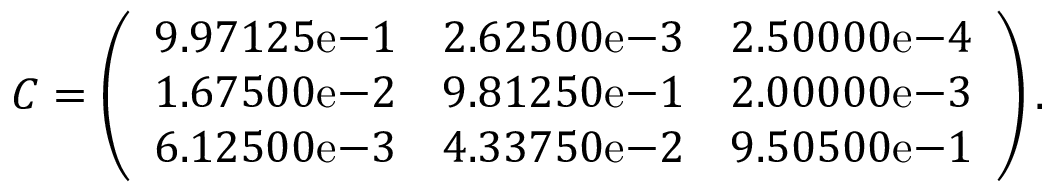
C = \left( \begin{array} { c c c c } { 9 . 9 7 1 2 5 \mathrm { e } { - 1 } } & { 2 . 6 2 5 0 0 \mathrm { e - } { 3 } } & { 2 . 5 0 0 0 0 \mathrm { e } { - 4 } } \\ { 1 . 6 7 5 0 0 \mathrm { e } { - 2 } } & { 9 . 8 1 2 5 0 \mathrm { e - } { 1 } } & { 2 . 0 0 0 0 0 \mathrm { e } { - 3 } } \\ { 6 . 1 2 5 0 0 \mathrm { e } { - 3 } } & { 4 . 3 3 7 5 0 \mathrm { e - } { 2 } } & { 9 . 5 0 5 0 0 \mathrm { e } { - 1 } } \end{array} \right) .